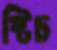
স্টিচ